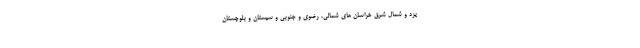
یزد و شمال شرق خراسان های شمالی، رضوی و جنوبی و سیستان و بلوچستان